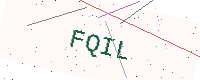
Text: FQIL